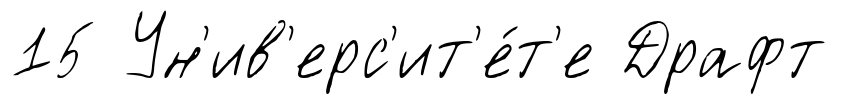
15 Ун'ив'ерс'ит'е́т'е Драфт